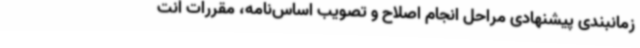
زمانبندی پیشنهادی مراحل انجام اصلاح و تصویب اساس‌نامه، مقررات انت